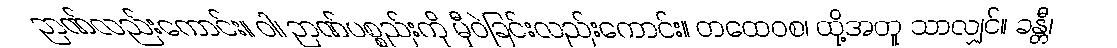
ဉာဏ်လည်းကောင်း။ ဝါ၊ ဉာဏ်ပစ္စည်းကို မှီဝဲခြင်းလည်းကောင်း။ တထေဝစ၊ ထို့အတူ သာလျှင်။ ခန္တီ၊